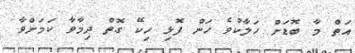
އަތް މާ ބޮޑަށް ހަލާކުވެ ހަން ފޮޅި ހިކޭ ގޮތް ދިމާވާ ކަމަށްވާ